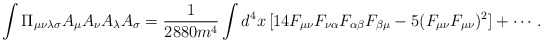
\begin{align*}\int \Pi_{\mu\nu\lambda\sigma}A_\mu A_\nu A_\lambda A_\sigma =\frac{1}{2880m^4} \int d^4x\,[14 F_{\mu\nu} F_{\nu\alpha} F_{\alpha\beta} F_{\beta\mu} - 5(F_{\mu\nu}F_{\mu\nu})^2] + \cdots.\end{align*}